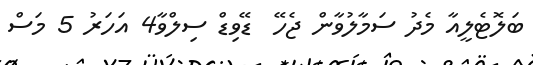
ބަލޮޓެލީއާ މެދު ސަމާލުވާން ޖެހޭ  ޑޭވިޑް ސިލްވާ4 އަހަރު 5 މަސް